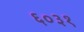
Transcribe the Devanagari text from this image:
६०३१